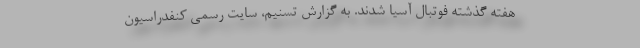
هفته گذشته فوتبال آسیا شدند. به گزارش تسنیم، سایت رسمی کنفدراسیون